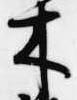
木